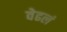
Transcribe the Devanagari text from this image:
वेढलं